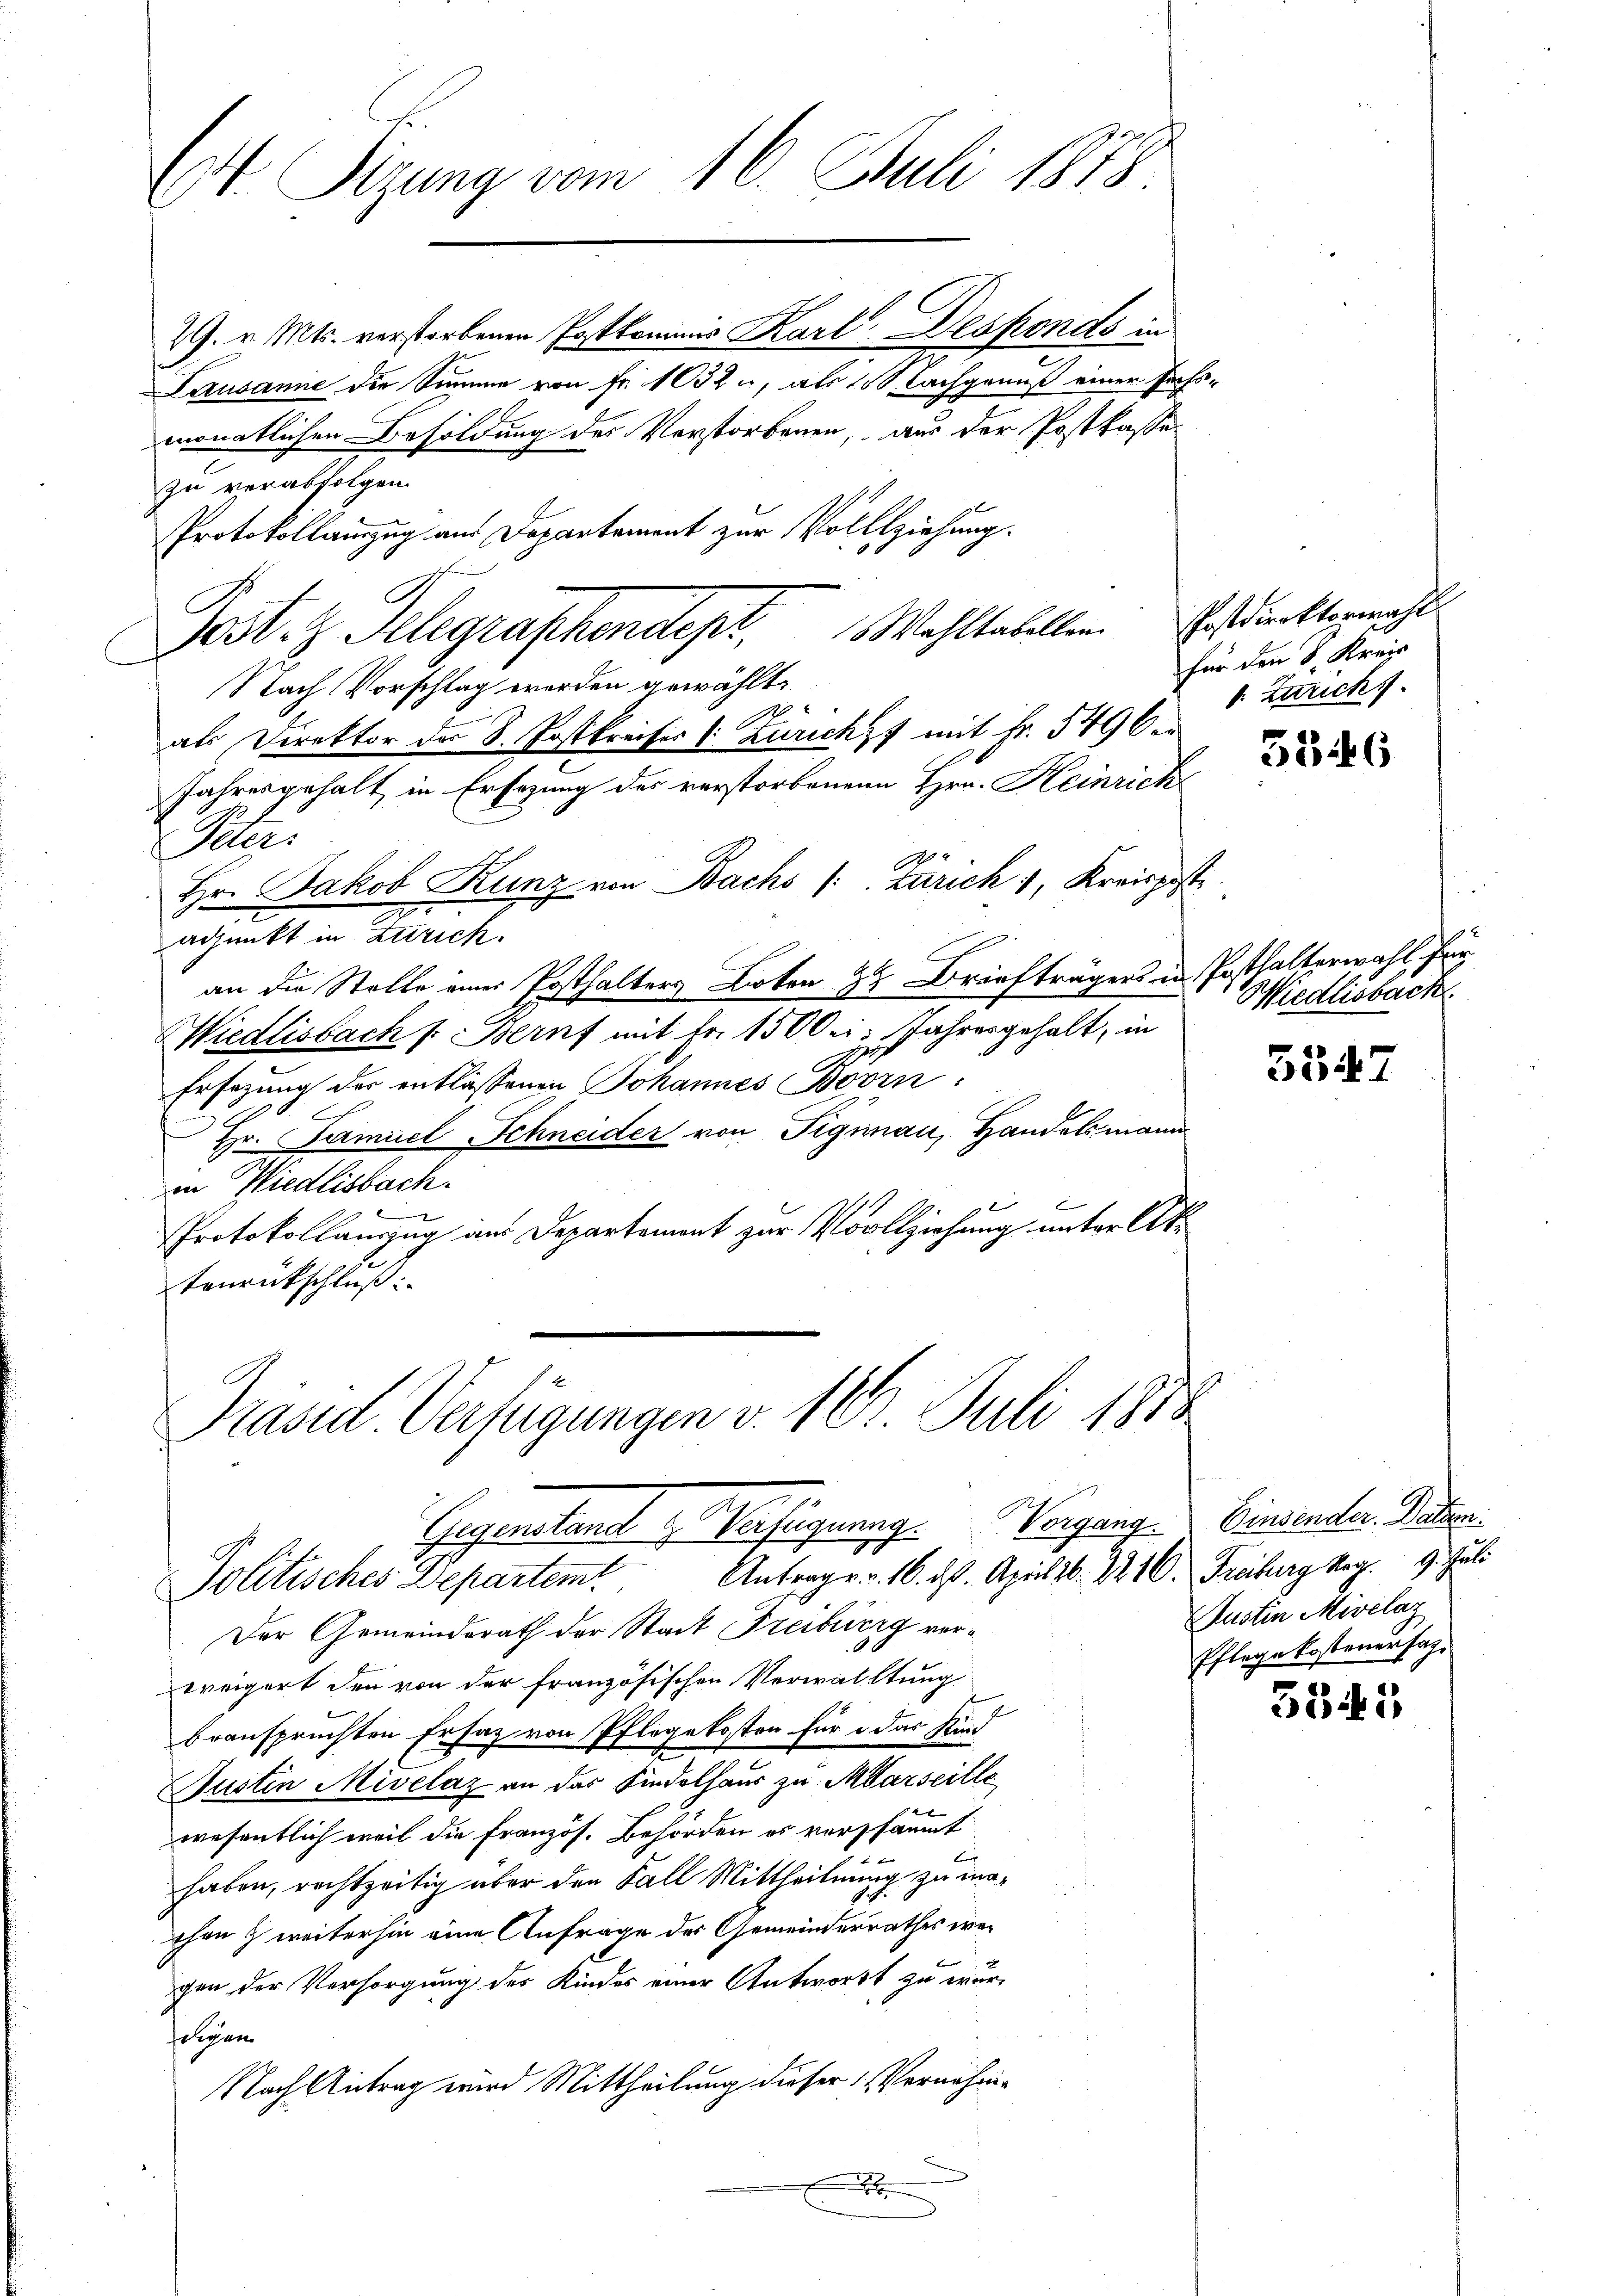
Ct. Sizung vom 16. Juli 1878

29. v. Mts. verstorbenen Postkommis Karl Desponds in
Lausanne die Summe von Fr. 1032 u, als 10 Nachgenuß einer sechsmonatlichen Besoldung des Verstorbenen, aus der Postkasse
zu verabfolgen.
Protokollauszug aus Departement zur Vollziehung.
Wohltabellen
est. z. Telegraphendepr
Nach Vorschlag werden gewählt,
als Direktor der S. Postkreises /: Züricht mit Fr. 5496.
Jahresgehalt in Ersezung des verstorbenen Hrn. Heinrich
f
Peuer
Hr. Jakob Kunz von Bachs /: Zürich 1, Kreisposte
adjunkt in Zürich.
an die Stelle einer Posthalters Boten zu Braufträgers in Posthalterwahl für
Wiedlisbach /: Beruf mit Fr. 150 bei Jahresgehalt, in
Ersezung der entlassenen Johannes Bovin
e
u
Hr. Samuel Schneider von Fignnau, Handelsmann
in Wiedlisbach.
Protokollanzug aus Departement zur Vollziehung unter Ak
Tenrückschluß:

Der Gemeinderath der Stadt Freiburg verweigert den von der französischen Verwaltung
beanspruchten Ersatz von Pflegekosten für das Kind
Justin Mivelaz an das Kindelhaus zu Marseille
wesentlich weil die Französ. Behörden es vorssäumt
haben, rechtzeitig über den Fall Mittheilung zu machen & weiterhin eine Anfrage des Gemeinderrathes wegen der Versorgung des Kindes einer Antwort zu wurdigen
Nach Antrag wird Mittheilung dieser Vernehmx

Präsid. Verfügungen v. 16. Juli 1888
Gegenstant Bahngear
Politisches Departem Antrage v. 16. ds. April 16. 2216. Freiburg Mag. 9. Juli

Erstdirektorwahl
für den k. Kreis
1. Zürich

3346

Miedlisbach

3547

Vorgang. Einsender. Datum.
Justin Mivelaz
Pflegekostener sag

3543